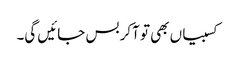
کسبیاں بھی تو آکر بس جائیں گی۔